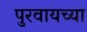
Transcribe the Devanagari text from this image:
पुरवायच्या